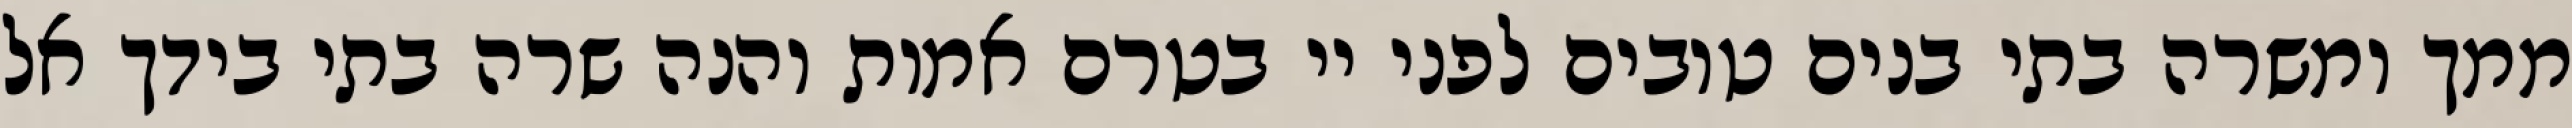
ממך ומשרה בתי בנים טובים לפני יי בטרם אמות והנה שרה בתי בידך אל